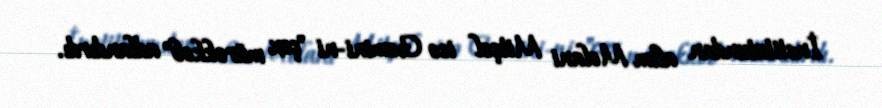
İnstitutundan alim Melani Mitçel isə Gemini-ni "çox mürəkkəb" adlandırdı.